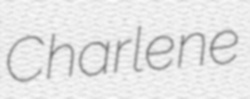
Charlene